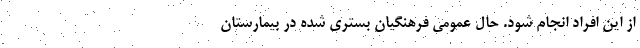
از این افراد انجام شود. حال عمومی فرهنگیان بستری شده در بیمارستان